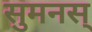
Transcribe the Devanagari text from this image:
सुमनस्